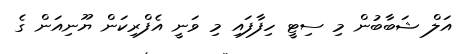
އަލް ޝަބާބުން މި ސިޓީ ހިފާފައި މި ވަނީ އެފްރިކަން ޔޫނިއަން ގެ